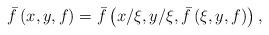
LaTeX: \begin{align*}\bar{f}\left( x,y,f\right)=\bar{f}\left( x/\xi,y/\xi,\bar{f}\left( \xi,y,f\right)\right),\end{align*}